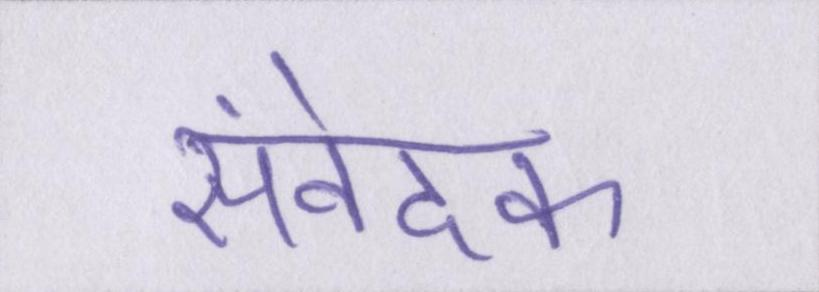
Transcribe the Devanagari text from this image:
संवेदक